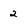
Character: 2